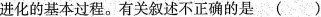
进化的基本过程。有关叙述不正确的是( )